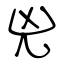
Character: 兇